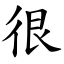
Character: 很